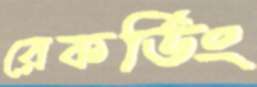
রেকর্ডিং